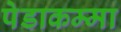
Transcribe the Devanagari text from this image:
पेडाकम्मा